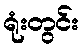
ရုံးတွင်း